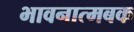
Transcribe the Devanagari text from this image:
भावनात्मबक